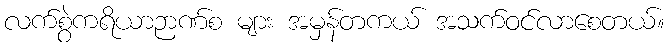
လက်စွဲကရိယာဉာဏ်စ များ အမှန်တကယ် အသက်ဝင်လာစေတယ်။